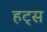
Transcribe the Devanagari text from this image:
हट्स